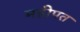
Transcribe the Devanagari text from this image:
महीपत